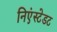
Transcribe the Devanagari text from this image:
निएंस्टेडट